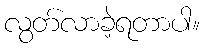
လွတ်လာခဲ့ရတာပါ။